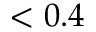
< 0 . 4